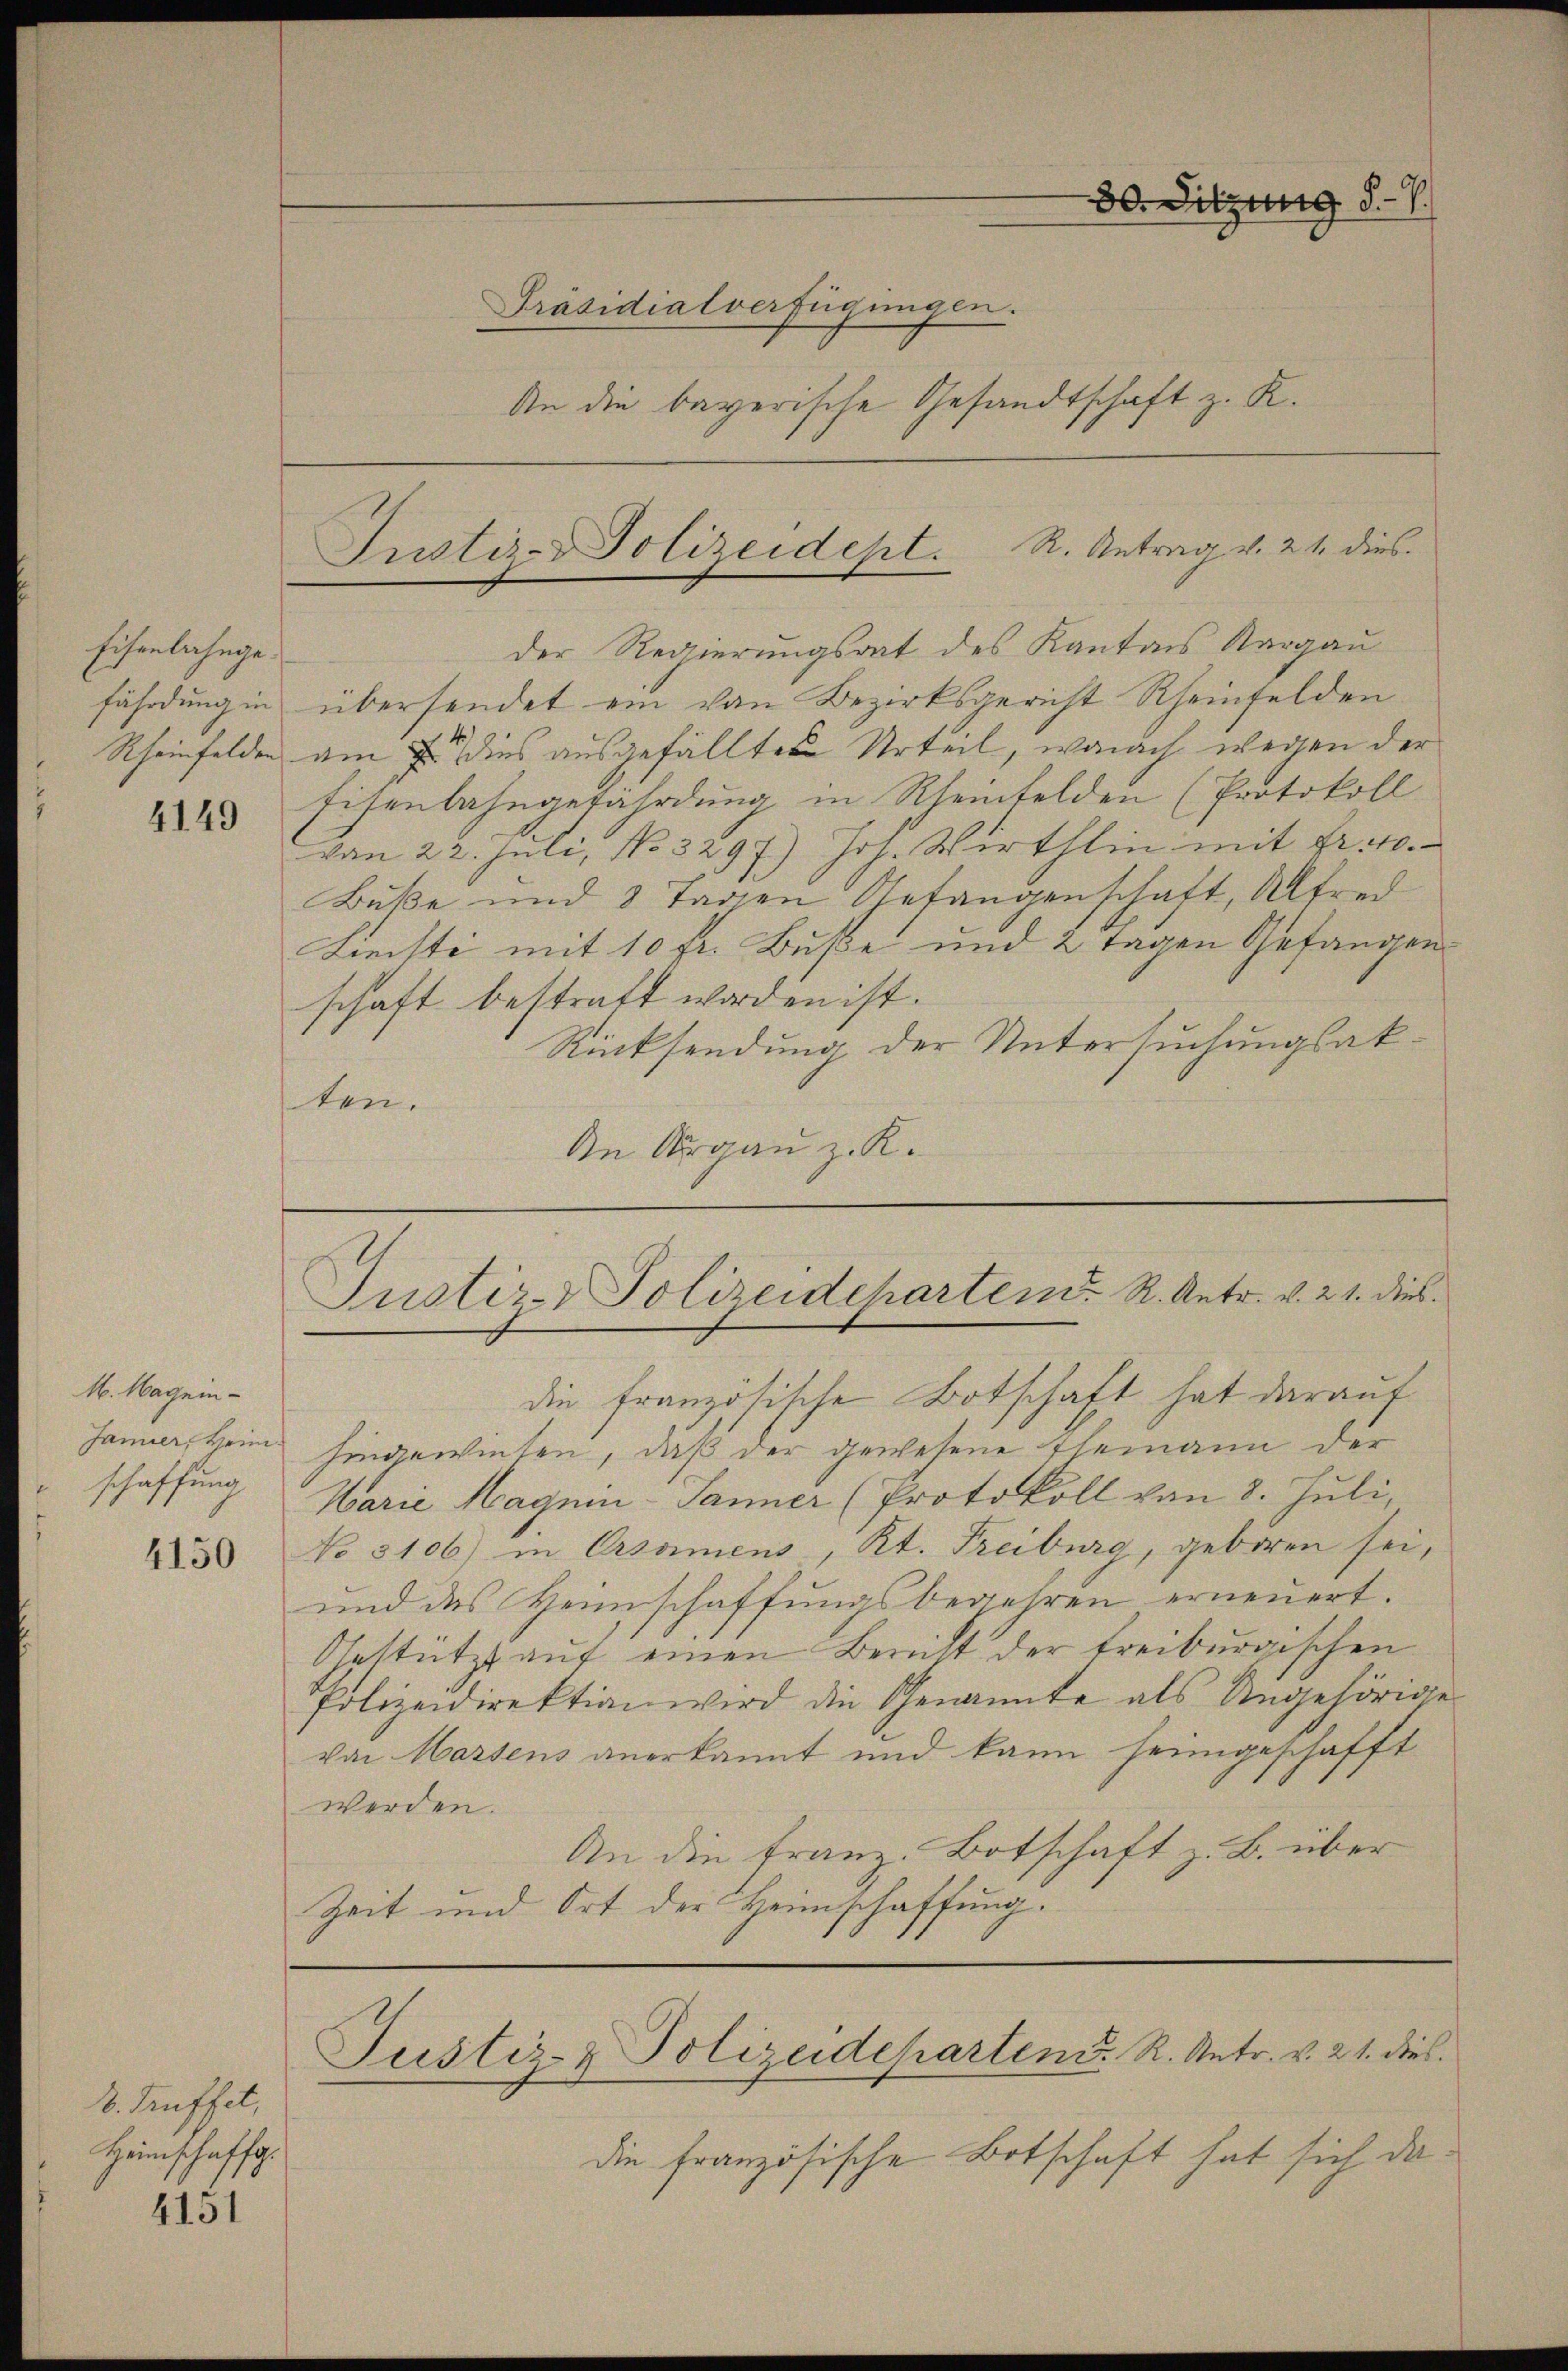
Eisenbahngefährdung in

4149

M. Magninschaffung

4150

k. Kaffet,
Heinschaff

4131

Präsidialverfügungen.
An die bayerische Gesandtschaft z. R.

der Regierungsrat des Kantons Aargau
übersendet ein von Bezirksgericht Rheinfelden
Rheinfelden am 7. dies ausgefälltes Urteil, wonach wegen der
Eisenbahngefährdung in Rheinfelden (Protokoll
von 22. Juli, No 3297.) Joh. Wirthlin mit Fr. 10.
Buße und 8 Tagen Gefangenschaft, Alfred
Lieisti mit 10 fr. Buße und 2 Tagen Gefangen
schaft bestraft worden ist.
Rücksendung der Untersuchungsakten.
An Argau z. K.
Justiz-Polizeideharten. R. Antr. v. 21. dies
die französische Botschaft hat darauf
Janer, kein hingewiesen, daß der gewesene Ehemann der
Warie Magnin-Janner (Protokoll von 8. Juli,
No 3106) in Ersammens, Kt. Treiburg, geboren sei,
und das Heimschaffungsbegehren erneuert.
Gestützt auf einen Bericht der treiburgischen
Polizeidirektion wird die Genannte als Angehörige
von Massens anerkannt und kann heimgeschafft
werden.
An die Franz. Botschaft z. B. über
Zeit und Ort der Heimschaffung.
Justiz- & Polizeideparten R. Antr. v. 21. dies

Justiz-Polizeidept. R. Antrag v. 21. dies

30. Sitzung 5-7.

die französische Botschaft hat sich da¬